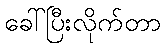
ခေါ်ပြီးလိုက်တာ